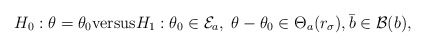
\begin{align*}H_0: \theta=\theta_0 \mathrm{versus} H_1: \theta_0 \in \mathcal{E}_a,\; \theta-\theta_0\in \Theta_a(r_\sigma), \bar b\in \mathcal{B}(b),\end{align*}